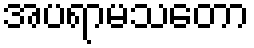
အပရာမသတော